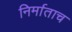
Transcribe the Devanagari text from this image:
निर्माताच